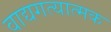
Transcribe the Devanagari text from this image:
वाद्यगत्यात्मक